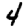
Digit: 4